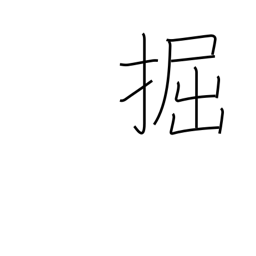
Meaning: dig